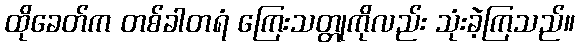
ထိုခေတ်က တစ်ခါတရံ ကြေးသတ္တုကိုလည်း သုံးခဲ့ကြသည်။